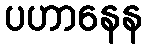
ပဟာနေန